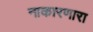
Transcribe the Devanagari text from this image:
नाकारणारा